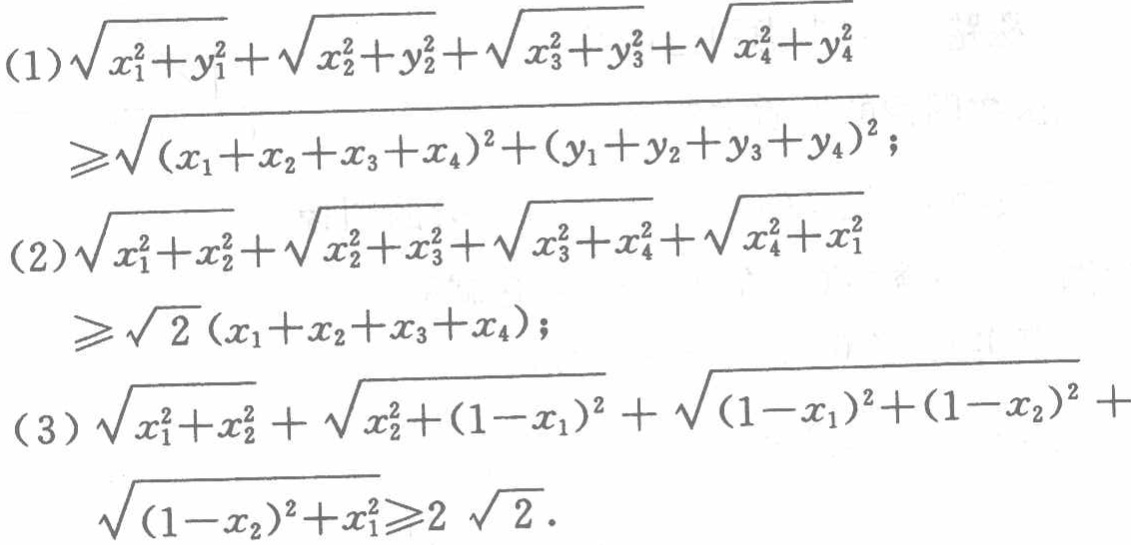
(1)$\sqrt{x_{1}^{2}+y_{1}^{2}}+\sqrt{x_{2}^{2}+y_{2}^{2}}+\sqrt{x_{3}^{2}+y_{3}^{2}}+\sqrt{x_{4}^{2}+y_{4}^{2}}\geq\sqrt{(x_{1}+x_{2}+x_{3}+x_{4})^{2}+(y_{1}+y_{2}+y_{3}+y_{4})^{2}}$;

(2)$\sqrt{x_{1}^{2}+x_{2}^{2}}+\sqrt{x_{2}^{2}+x_{3}^{2}}+\sqrt{x_{3}^{2}+x_{4}^{2}}+\sqrt{x_{4}^{2}+x_{1}^{2}}\geq\sqrt{2}(x_{1}+x_{2}+x_{3}+x_{4})$;

(3)$\sqrt{x_{1}^{2}+x_{2}^{2}}+\sqrt{x_{2}^{2}+(1 - x_{1})^{2}}+\sqrt{(1 - x_{1})^{2}+(1 - x_{2})^{2}}+\sqrt{(1 - x_{2})^{2}+x_{1}^{2}}\geq2\sqrt{2}$.